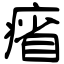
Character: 㾪